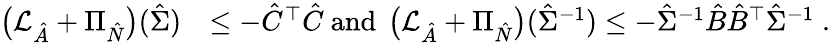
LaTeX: \begin{array}{rl}{\left(\mathcal{L}_{\hat{A}}+\Pi_{\hat{N}}\right)(\hat{\Sigma})}&{\le-\hat{C}^{\top}\hat{C}\mathrm{~and~}\left(\mathcal{L}_{\hat{A}}+\Pi_{\hat{N}}\right)(\hat{\Sigma}^{-1})\le-\hat{\Sigma}^{-1}\hat{B}\hat{B}^{\top}\hat{\Sigma}^{-1}\; .}\end{array}